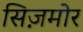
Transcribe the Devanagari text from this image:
सिज़मोर